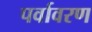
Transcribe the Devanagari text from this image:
पर्वावरण